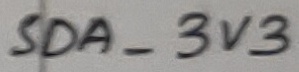
Text: SDA_3V3